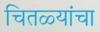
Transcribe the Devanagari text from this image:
चितळ्यांचा